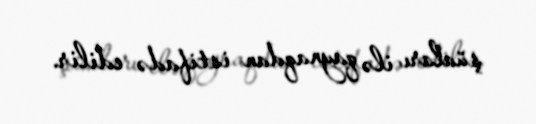
şüaları ilə qaynaqdan istifadə edilir.